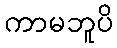
ကာမဘူပိ